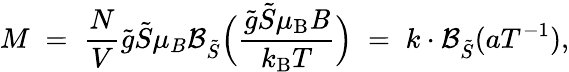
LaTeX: M\; =\; \frac{N}{V}\tilde{g}\tilde{S}\mu_{B}\mathcal{B}_{\tilde{S}}\Big(\frac{\tilde{g}\tilde{S}\mu_{\mathrm{B}}{\mathit B}}{k_{\mathrm{B}}T}\Big)\; =\; k\cdot\mathcal{B}_{\tilde{S}}(aT^{-1}),